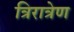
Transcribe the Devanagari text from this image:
त्रिरात्रेण